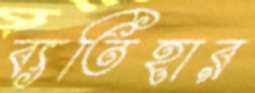
ব্যতিহার